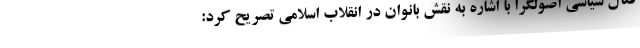
فعال سیاسی اصولگرا با اشاره به نقش بانوان در انقلاب اسلامی تصریح کرد: